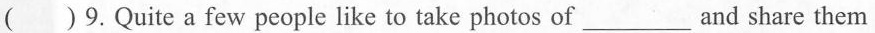
() 9.Quite a few people like to take photos of___and share them